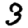
Digit: 3